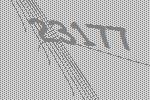
23177